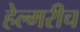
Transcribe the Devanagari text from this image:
हेल्मरीच